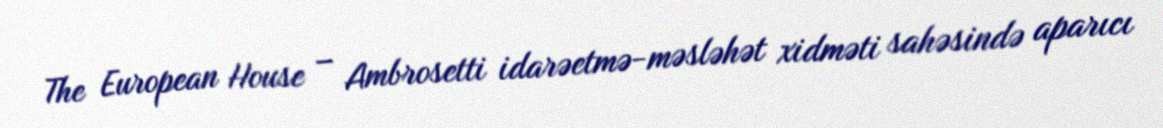
The European House – Ambrosetti idarəetmə-məsləhət xidməti sahəsində aparıcı